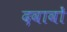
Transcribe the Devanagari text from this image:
दवावों